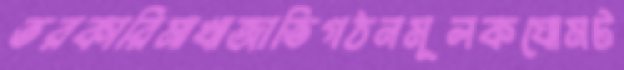
তরকারিমাখাজাতিগঠনমূলকঘোমট